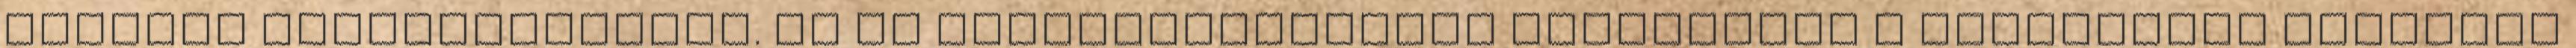
státusz megszerzésétől. Az új törvénymódosítás értelmében a management továbbra